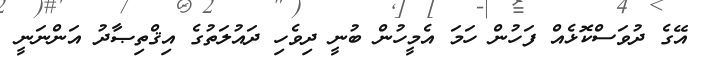
އޭގެ ދުވަސްކޮޅެއް ފަހުން ހަމަ އެމީހުން ބުނީ ދިވެހި ދައުލަތުގެ އިޤްތިޞާދު އަންނަނީ